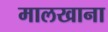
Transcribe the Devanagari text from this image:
मालखाना